Report on enteric fever
Disease focus: Fever
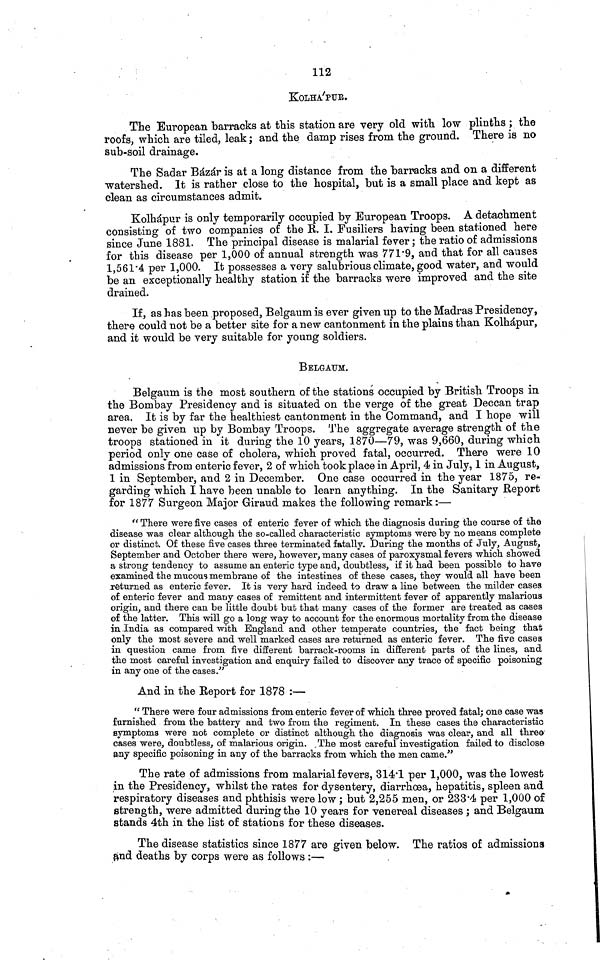
112
KOLHÁPUR.
The European barracks at this station are very old with low plinths; the
roofs, which are tiled, leak; and the damp rises from the ground. There is no
sub soil drainage.
The Sadar Bázár is at a long distance from the barracks and on a different
watershed. It is rather close to the hospital, but is a small place and kept as
clean as circumstances admit.
Kolhápur is only temporarily occupied by European Troops. A detachment
consisting of two companies of the R. I. Fusiliers having been stationed here
since June 1881. The principal disease is malarial fever; the ratio of admissions
for this disease per 1,000 of annual strength was 771·9, and that for all causes
1,561·4 per 1,000. It possesses a very salubrious climate, good water, and would
be an exceptionally healthy station if the barracks were improved and the site
drained.
If, as has been proposed, Belgaum is ever given up to the Madras Presidency,
there could not be a better site for a new cantonment in the plains than Kolhápur,
and it would be very suitable for young soldiers.
BELGAUM.
Belgaum is the most southern of the stations occupied by British Troops in
the Bombay Presidency and is situated on the verge of the great Deccan trap
area. It is by far the healthiest cantonment in the Command, and I hope will
never be given up by Bombay Troops. The aggregate average strength of the
troops stationed in it during the 10 years, 1870—79, was 9,660, during which
period only one case of cholera, which proved fatal, occurred. There were 10
admissions from enteric fever, 2 of which took place in April, 4 in July, 1 in August,
1 in September, and 2 in December. One case occurred in the year 1875, re-
garding which I have been unable to learn anything. In the Sanitary Report
for 1877 Surgeon Major Giraud makes the following remark:—
"There were five cases of enteric fever of which, the diagnosis during the course of the
disease was clear although the so called characteristic symptoms were by no means complete
or distinct. Of these five cases three terminated fatally. During the months of July, August,
September and October there were, however, many cases of paroxysmal fevers which showed
a strong tendency to assume an enteric type and, doubtless, if it had been possible to have
examined the mucous membrane of the intestines of these cases, they would all have been
returned as enteric fever. It is very hard indeed to draw a line between the milder cases
of enteric fever and many cases of remittent and intermittent fever of apparently malarious
origin, and there can be little doubt but that many cases of the former are treated as cases
of the latter. This will go a long way to account for the enormous mortality from the disease
in India as compared with England and other temperate countries, the fact being that
only the most severe and well marked cases are returned as enteric fever. The five cases
in question came from five different barrack rooms in different parts of the lines, and
the most careful investigation and enquiry failed to discover any trace of specific poisoning
in any one of the cases."
And in the Report for 1878 :—
"There were four admissions from enteric fever of which three proved fatal; one case was
furnished from the battery and two from the regiment. In these cases the characteristic
symptoms were not complete or distinct although the diagnosis was clear, and all three
cases were, doubtless, of malarious origin. The most careful investigation failed to disclose
any specific poisoning in any of the barracks from which the men came."
The rate of admissions from malarial fevers, 314·1 per 1,000, was the lowest
in the Presidency, whilst the rates for dysentery, diarrhoea, hepatitis, spleen and
respiratory diseases and phthisis were low; but 2,255 men, or 233·4 per 1,000 of
strength, were admitted during the 10 years for venereal diseases ; and Belgaum
stands 4th in the list of stations for these diseases.
The disease statistics since 1877 are given below. The ratios of admissions
and deaths by corps were as follows :—